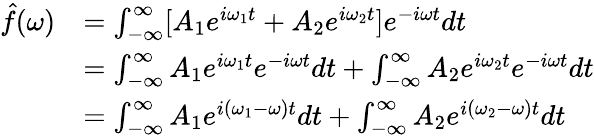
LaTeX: {\begin{array}{rl}{{\hat{f}}(\omega)}&{=\int_{-\infty}^{\infty}[A_{1}e^{i\omega_{1}t}+A_{2}e^{i\omega_{2}t}]e^{-i\omega t}dt}\\ &{=\int_{-\infty}^{\infty}A_{1}e^{i\omega_{1}t}e^{-i\omega t}dt+\int_{-\infty}^{\infty}A_{2}e^{i\omega_{2}t}e^{-i\omega t}dt}\\ &{=\int_{-\infty}^{\infty}A_{1}e^{i(\omega_{1}-\omega)t}dt+\int_{-\infty}^{\infty}A_{2}e^{i(\omega_{2}-\omega)t}dt}\end{array}}